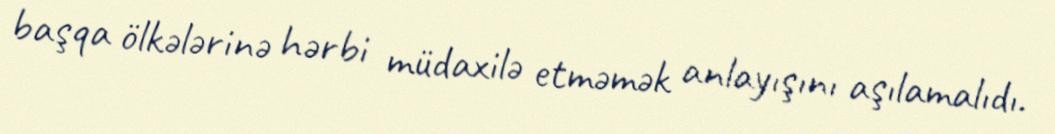
başqa ölkələrinə hərbi müdaxilə etməmək anlayışını aşılamalıdı.